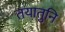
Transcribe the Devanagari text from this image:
तयातुनि